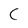
Character: C